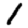
Digit: 1